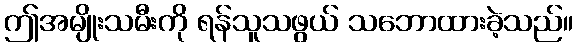
ဤအမျိုးသမီးကို ရန်သူသဖွယ် သဘောထားခဲ့သည်။